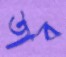
তাব